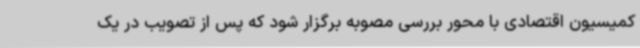
کمیسیون اقتصادی با محور بررسی مصوبه برگزار شود که پس از تصویب در یک